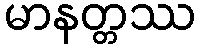
မာနတ္တဿ